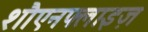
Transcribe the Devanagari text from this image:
शौएनफ्लाइज़